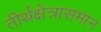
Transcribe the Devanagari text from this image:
तीर्थक्षेत्रासमान